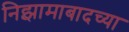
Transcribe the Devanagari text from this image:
निझामाबादच्या